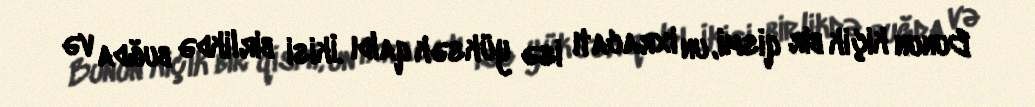
Bunun kiçik bir qismi, un ixracatı isə yüksək qaldı .İkisi birlikdə buğda və